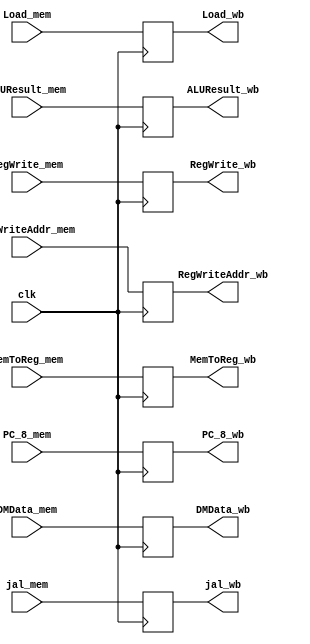
`timescale 1ns / 1ps
//////////////////////////////////////////////////////////////////////////////////
// Company: 
// Engineer: 
// 
// Design Name: 
// Module Name: MEM_WB_REG
// Project Name: 
// Target Devices: 
// Tool Versions: 
// Description: 
// 
// Dependencies: 
// 
// Revision:
// Revision 0.01 - File Created
// Additional Comments:
// 
//////////////////////////////////////////////////////////////////////////////////


module MEM_WB_REG(
    clk, 
    RegWrite_mem, MemToReg_mem, jal_mem, PC_8_mem, DMData_mem, ALUResult_mem, RegWriteAddr_mem, Load_mem, 
    RegWrite_wb, MemToReg_wb, jal_wb, PC_8_wb, DMData_wb, ALUResult_wb, RegWriteAddr_wb, Load_wb
    );
    input clk;
    input RegWrite_mem, MemToReg_mem, jal_mem;
    input [31:0] PC_8_mem, DMData_mem, ALUResult_mem;
    input [4:0] RegWriteAddr_mem;
    input [2:0] Load_mem;
    output reg RegWrite_wb, MemToReg_wb, jal_wb;
    output reg [31:0] PC_8_wb, DMData_wb, ALUResult_wb;
    output reg [4:0] RegWriteAddr_wb;
    output reg [2:0] Load_wb;
    
    initial
    begin
        RegWrite_wb = 0;
        MemToReg_wb = 0;
        jal_wb = 0;
        PC_8_wb = 0;
        DMData_wb = 0;
        ALUResult_wb = 0;
        RegWriteAddr_wb = 0;   
        Load_wb = 0; 
    end
    
    always@(posedge clk)
    begin
        RegWrite_wb = RegWrite_mem;
        MemToReg_wb = MemToReg_mem;
        jal_wb = jal_mem;
        PC_8_wb = PC_8_mem;
        DMData_wb = DMData_mem;
        ALUResult_wb = ALUResult_mem;
        RegWriteAddr_wb = RegWriteAddr_mem;    
        Load_wb = Load_mem;
    end
endmodule